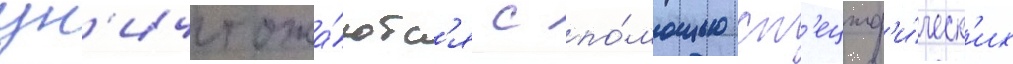
ун'ичтожа́ютс'я с по́мощью сп'ециф'и́ческ'их